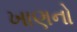
ખાણનો